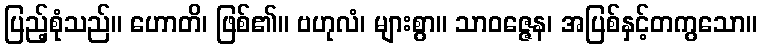
ပြည့်စုံသည်။ ဟောတိ၊ ဖြစ်၏။ ဗဟုလံ၊ များစွာ။ သာဝဇ္ဇေန၊ အပြစ်နှင့်တကွသော။